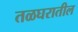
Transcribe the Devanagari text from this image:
तळघरातील